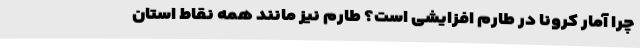
چرا آمار کرونا در طارم افزایشی است؟ طارم نیز مانند همه نقاط استان